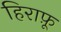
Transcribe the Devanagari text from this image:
हिराफ़ू